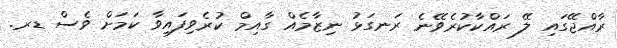
ރާއްޖޭގައި ލޭ ރައްކާކުރެވޭނެ ރަނގަޅު ނިޒާމެއް ގާއިމް ކުރެވިފައިވާ ކަމަށް ވެސް ޑރ.